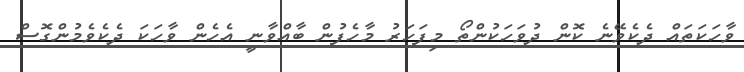
ވާހަކަތައް ދެކެވޭނެ ކޮން ދުވަހަކުންތޯ މިފަހަރު މާހެފުން ބާއްވާނީ އެހެން ވާހަކަ ދެކެވެމުންގޮސް